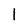
Character: 1